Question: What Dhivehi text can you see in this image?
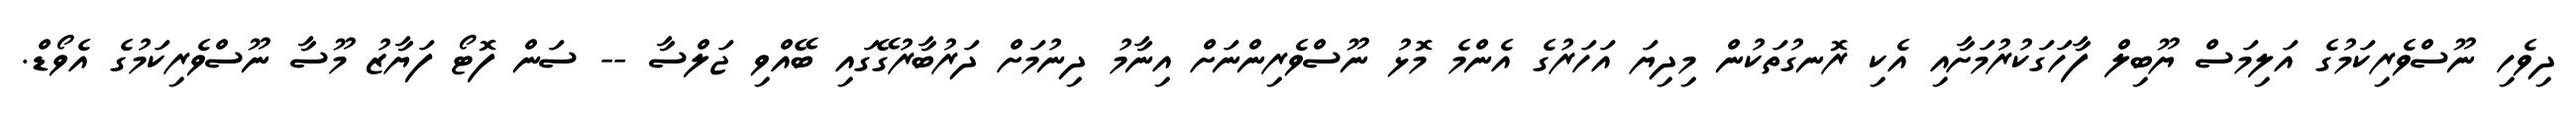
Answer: ދިވެހި ނޫސްވެރިކަމުގެ އަލިމަސް ޔޫބިލް ފާހަގަކުރުމަށާއި އެކި ރޮނގުތަކުން މިދިޔަ އަހަރުގެ އެންމެ މޮޅު ނޫސްވެރިންނަށް އިނާމު ދިނުމަށް ދަރުބާރުގޭގައި ބޭއްވި ޖަލްސާ -- ސަން ފޮޓޯ ފަޔާޒު މޫސާ ނޫސްވެރިކަމުގެ އެވޯޑް.